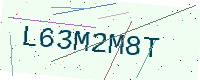
Text: L63M2M8T